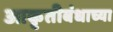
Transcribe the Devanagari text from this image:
आकृतीबंधाच्या